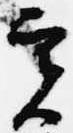
実